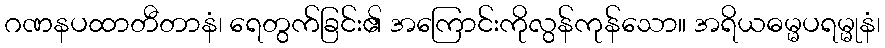
ဂဏနပထာတီတာနံ၊ ရေတွက်ခြင်း၏ အကြောင်းကိုလွန်ကုန်သော။ အရိယဓမ္မပရမ္မုနံ၊